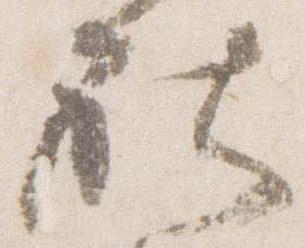
社